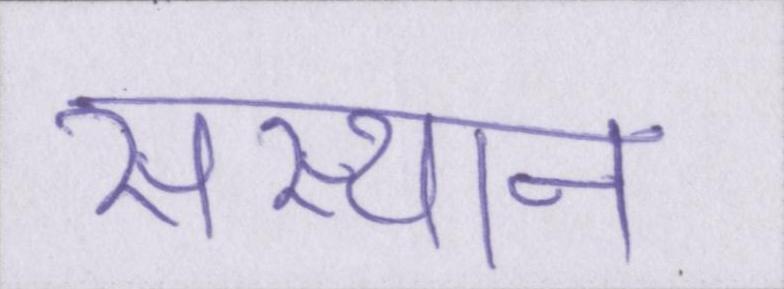
संस्थान